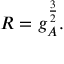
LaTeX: R = g _ { A } ^ { \frac { 3 } { 2 } } .